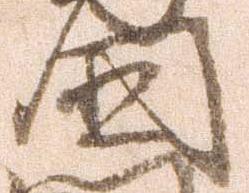
国